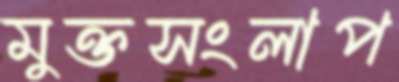
মুক্তসংলাপ